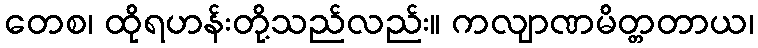
တေစ၊ ထိုရဟန်းတို့သည်လည်း။ ကလျာဏမိတ္တတာယ၊